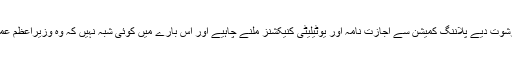
جس کے لیے گھر حاصل کرنے والے صارفین کو بغیر رشوت دیے پلاننگ کمیشن سے اجازت نامہ اور یوٹیلیٹی کنیکشنز ملنے چاہیے اور اس بارے میں کوئی شبہ نہیں کہ وہ وزیراعظم عمران خان کے نیا پاکستان منصوبے پر بھروسہ کرتے ہیں۔